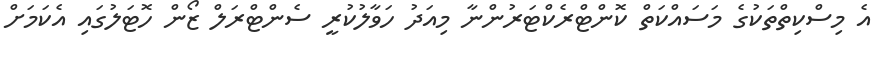
އެ މިސްކިތްތަކުގެ މަސައްކަތް ކޮންޓްރެކްޓަރުންނާ މިއަދު ހަވާލުކުރީ ސެންޓްރަލް ޒޯން ހޮޓަލުގައި އެކަމަށް